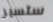
ستسير